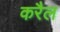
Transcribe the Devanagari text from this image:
करैल